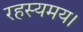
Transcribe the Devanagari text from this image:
रहस्यमय।